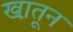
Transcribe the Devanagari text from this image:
खा़तून